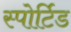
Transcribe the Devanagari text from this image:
स्पोर्टिड